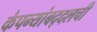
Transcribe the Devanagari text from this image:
कंपन्यांबद्दलची